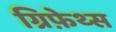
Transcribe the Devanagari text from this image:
ग्रिफ़ेथ्स